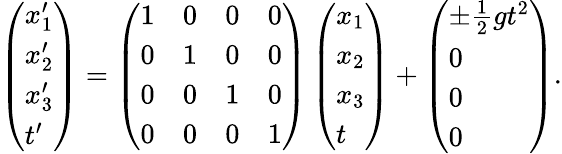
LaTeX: \begin{array}{r}{\left(\begin{array}{l}{x_{1}^{\prime}}\\ {x_{2}^{\prime}}\\ {x_{3}^{\prime}}\\ {t^{\prime}}\end{array}\right)=\left(\begin{array}{llll}{1}&{0}&{0}&{0}\\ {0}&{1}&{0}&{0}\\ {0}&{0}&{1}&{0}\\ {0}&{0}&{0}&{1}\end{array}\right)\left(\begin{array}{l}{x_{1}}\\ {x_{2}}\\ {x_{3}}\\ {t}\end{array}\right)+\left(\begin{array}{l}{\pm\frac{1}{2}gt^{2}}\\ {0}\\ {0}\\ {0}\end{array}\right).}\end{array}